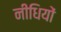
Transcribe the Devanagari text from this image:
नीधियों